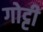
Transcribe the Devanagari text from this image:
गोट्टी